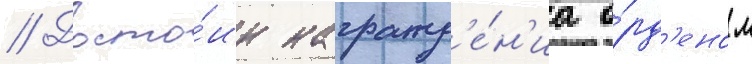
// Досто́ин награжд'е́н'иа о́рд'еном